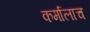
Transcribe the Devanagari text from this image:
कर्मालाच